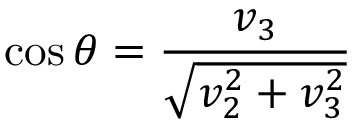
\cos \theta = \frac { v _ { 3 } } { \sqrt { v _ { 2 } ^ { 2 } + v _ { 3 } ^ { 2 } } }